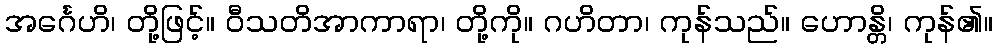
အင်္ဂေဟိ၊ တို့ဖြင့်။ ဝီသတိအာကာရာ၊ တို့ကို။ ဂဟိတာ၊ ကုန်သည်။ ဟောန္တိ၊ ကုန်၏။